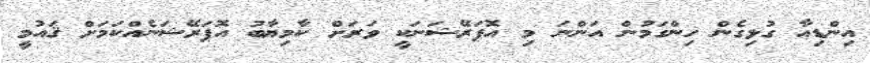
އިންޑިއާ ގުޅިގެން ހިންގަމުން އަންނަ މި އޮޕަރޭޝަނަކީ ވަރަށް ކާމިޔާބު އޮޕަރޭޝަނެއްކަމަށް ޤައުމީ